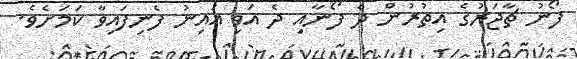
ފޯނު ޗާޖަރުގެ އިތުރުން ދެ ފޯނާއި ދެ އަވި އައިނު ފެނިފައިވާ ކަމަށެވެ.